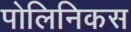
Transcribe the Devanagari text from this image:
पोलिनिकस